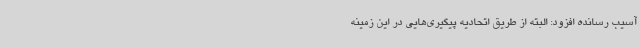
آسیب رسانده افزود: البته از طریق اتحادیه پیگیری‌هایی در این زمینه